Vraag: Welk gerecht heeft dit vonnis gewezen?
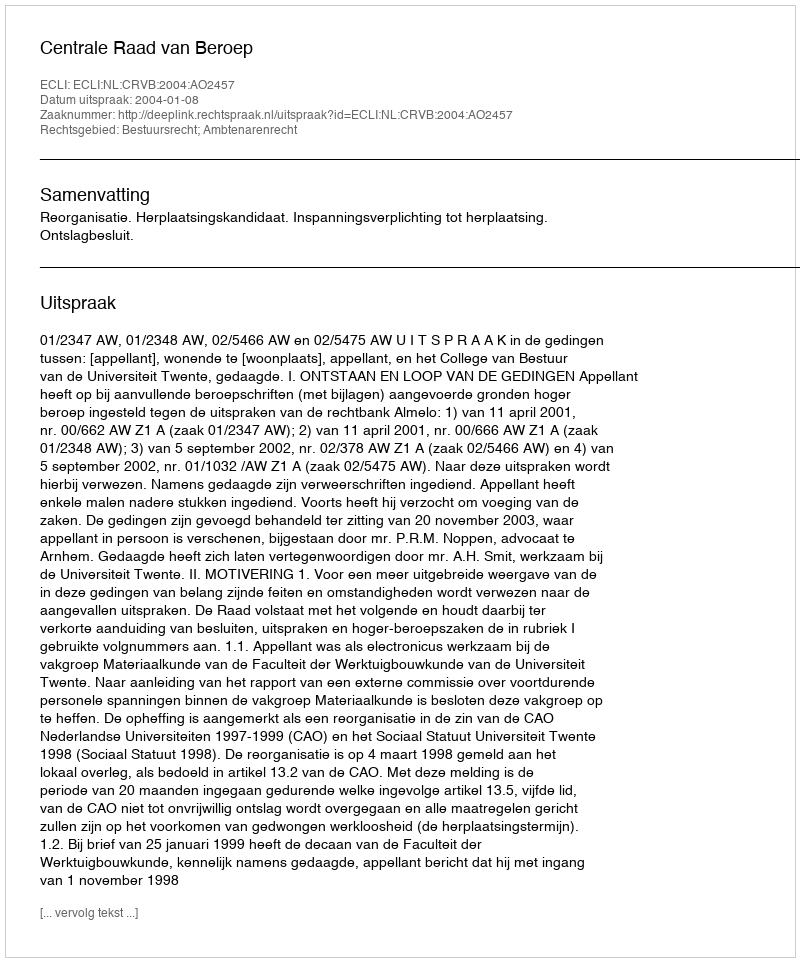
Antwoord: Centrale Raad van Beroep